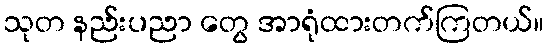
သုတ နည်းပညာ တွေ အာရုံထားတက်ကြတယ်။